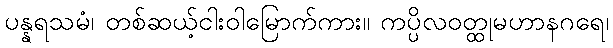
ပန္နရသမံ၊ တစ်ဆယ့်ငါးဝါမြောက်ကား။ ကပ္ပိလဝတ္ထုမဟာနဂရေ၊